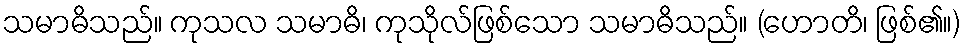
သမာဓိသည်။ ကုသလ သမာဓိ၊ ကုသိုလ်ဖြစ်သော သမာဓိသည်။ (ဟောတိ၊ ဖြစ်၏။)